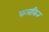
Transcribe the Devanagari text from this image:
फलकित